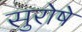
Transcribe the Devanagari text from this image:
सुरोषे